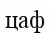
цаф